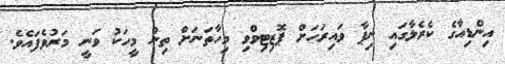
އިންޑިއާގެ ކެރެލާގައި ނިޕާ ވައިރަހަށް ޕޮޒިޓިވްވި މިހާތަނަށް ތިން މީހަކު ވަނީ މަރުވެފައެވެ.